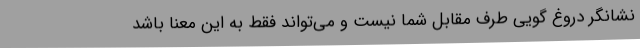
نشانگر دروغ گویی طرف مقابل شما نیست و می‌تواند فقط به این معنا باشد